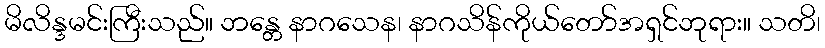
မိလိန္ဒမင်းကြီးသည်။ ဘန္တေ နာဂသေန၊ နာဂသိန်ကိုယ်တော်အရှင်ဘုရား။ သတိ၊